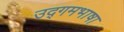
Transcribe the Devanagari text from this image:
उद्गमभाषा